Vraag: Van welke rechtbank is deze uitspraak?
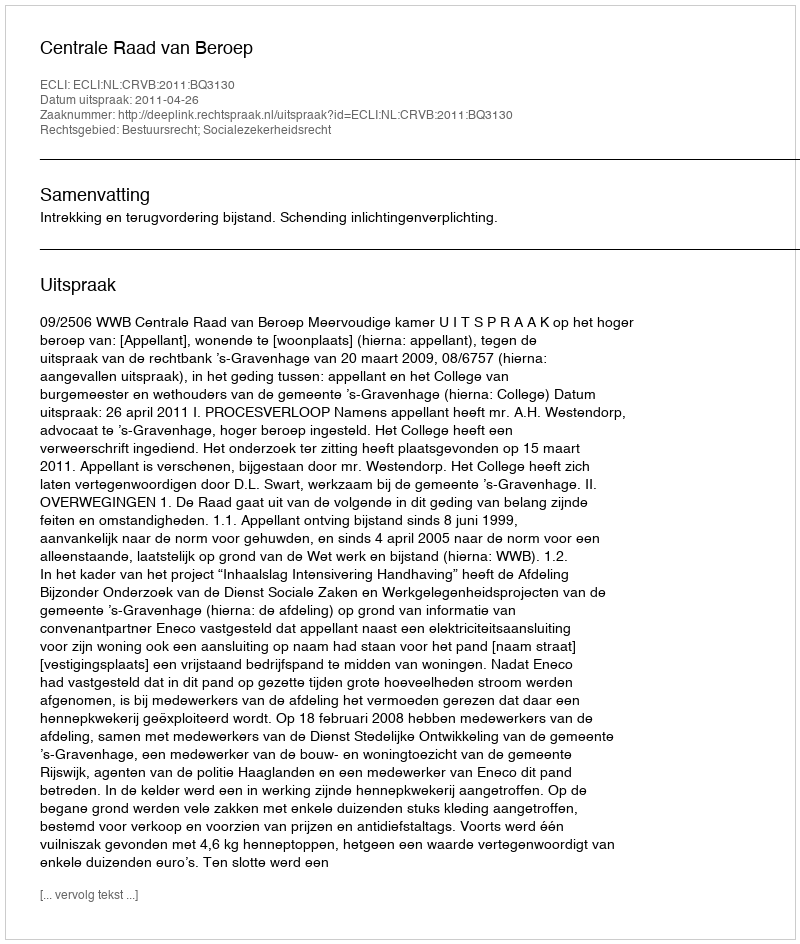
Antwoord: Centrale Raad van Beroep